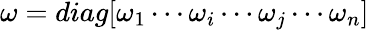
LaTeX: \mathbf{\omega}=diag[\omega_{1}\dotsm\omega_{i}\dotsm\omega_{j}\dotsm\omega_{n}]